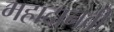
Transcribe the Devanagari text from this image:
महादानवी